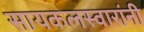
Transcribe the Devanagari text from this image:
सायकलस्वारांनी